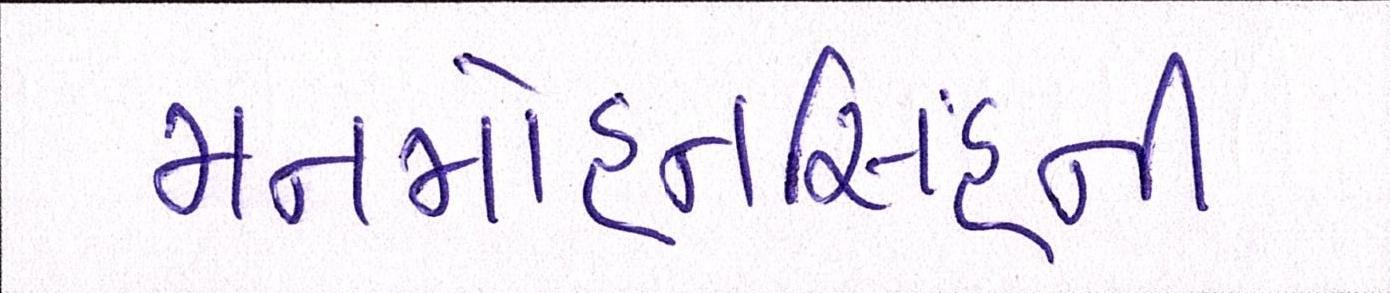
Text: મનમોહનિંસહની